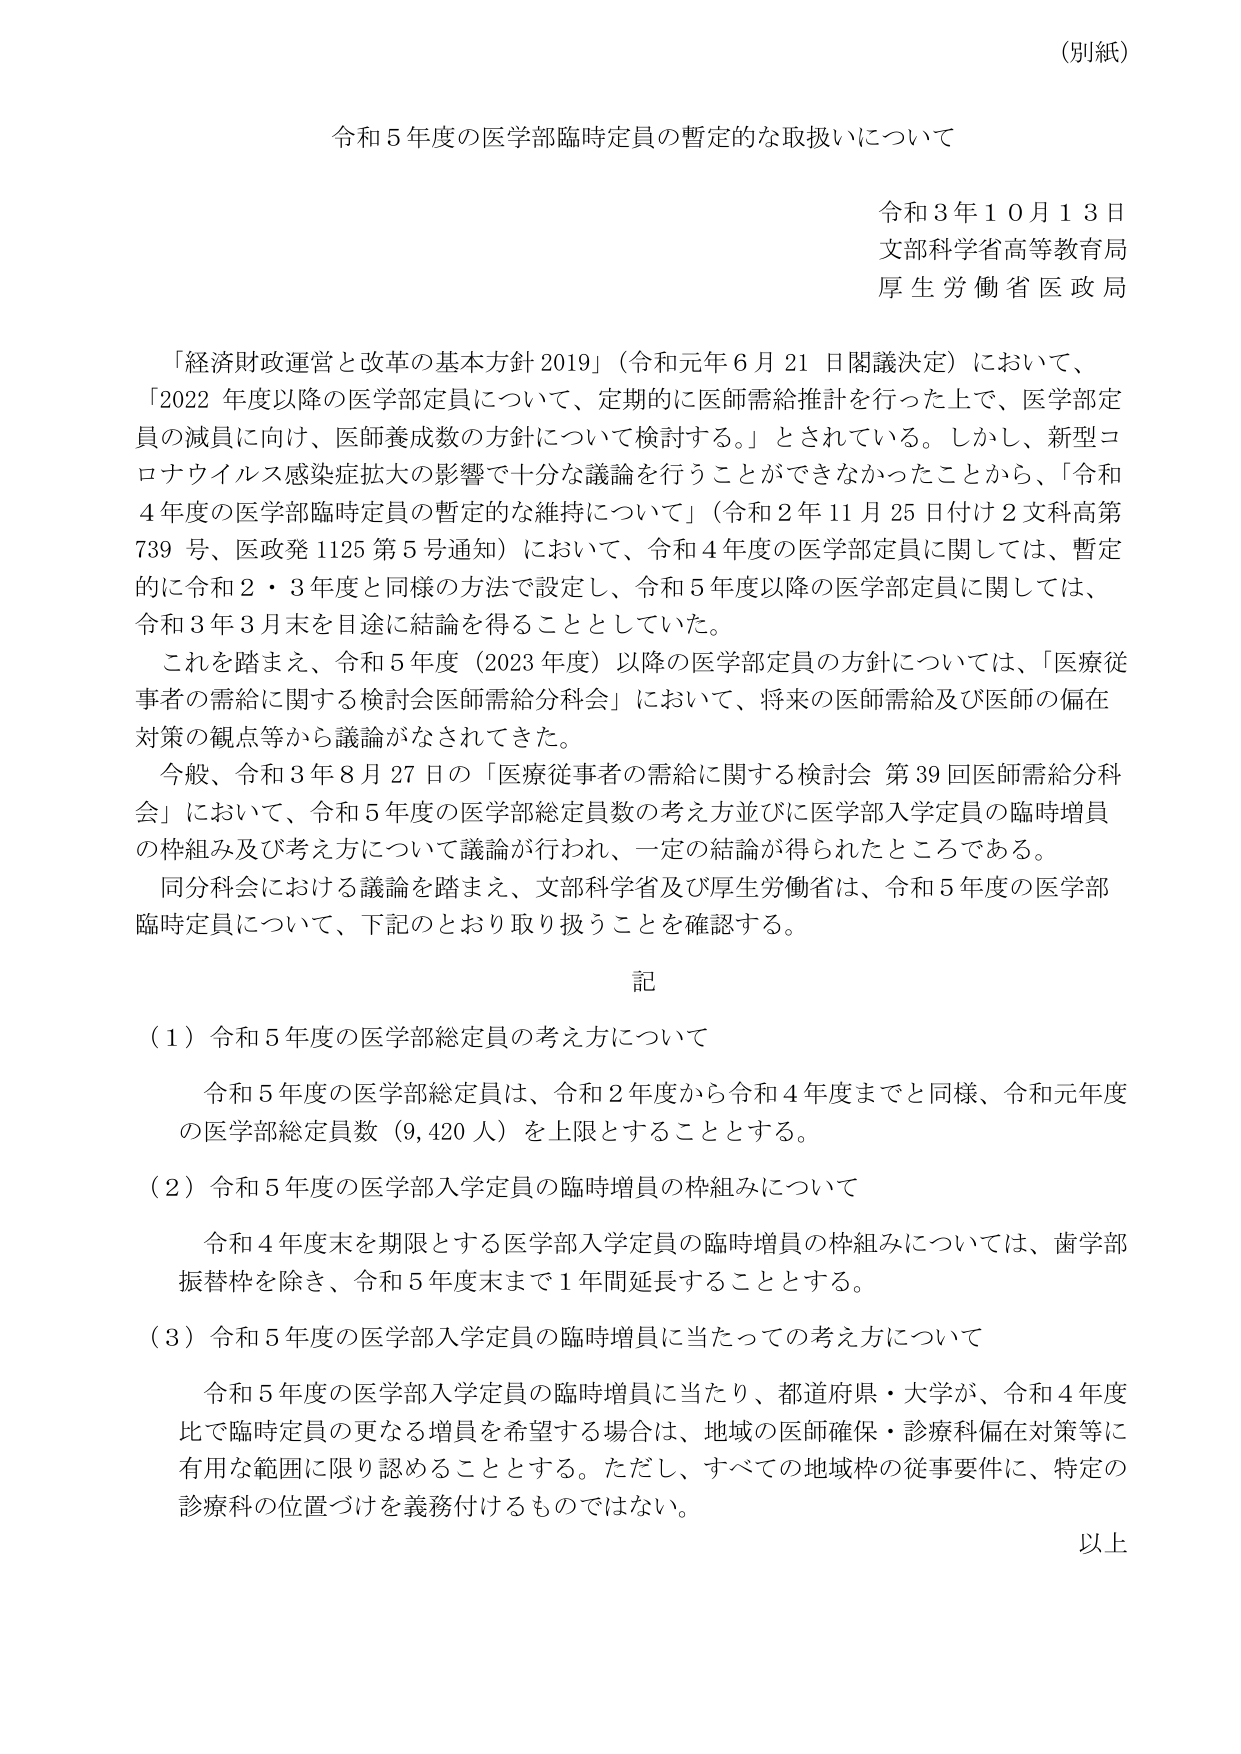
（別紙）

令和５年度の医学部臨時定員の暫定的な取扱いについて

令和３年１０月１３日
文部科学省高等教育局
厚生労働省医政局

「経済財政運営と改革の基本方針 2019」（令和元年６月21日閣議決定）において、
「2022年度以降の医学部定員について、定期的に医師需給推計を行った上で、医学部定員の減員に向け、医師養成数の方針について検討する。」とされている。しかし、新型コロナウイルス感染症拡大の影響で十分な議論を行うことができなかったことから、「令和4年度の医学部臨時定員の暫定的な維持について」（令和2年11月25日付け2文科高第739号、医政発1125第5号通知）において、令和4年度の医学部定員に関しては、暫定的に令和2・3年度と同様の方法で設定し、令和5年度以降の医学部定員に関しては、令和3年3月末を目途に結論を得ることとしていた。

これを踏まえ、令和5年度（2023年度）以降の医学部定員の方針については、「医療従事者の需給に関する検討会医師需給分科会」において、将来の医師需給及び医師の偏在対策の観点等から議論がなされてきた。

今般、令和3年8月27日の「医療従事者の需給に関する検討会 第39回医師需給分科会」において、令和5年度の医学部総定員数の考え方並びに医学部入学定員の臨時増員の枠組み及び考え方について議論が行われ、一定の結論が得られたところである。

同分科会における議論を踏まえ、文部科学省及び厚生労働省は、令和5年度の医学部臨時定員について、下記のとおり取り扱うことを確認する。

記

（1）令和5年度の医学部総定員の考え方について

　令和5年度の医学部総定員は、令和2年度から令和4年度までと同様、令和元年度の医学部総定員数（9,420人）を上限とすることとする。

（2）令和5年度の医学部入学定員の臨時増員の枠組みについて

　令和4年度末を期限とする医学部入学定員の臨時増員の枠組みについては、歯学部振替枠を除き、令和5年度末まで1年間延長することとする。

（3）令和5年度の医学部入学定員の臨時増員に当たっての考え方について

　令和5年度の医学部入学定員の臨時増員に当たり、都道府県・大学が、令和4年度比で臨時定員の更なる増員を希望する場合は、地域の医師確保・診療科偏在対策等に有用な範囲に限り認める thingとする。ただし、すべての地域枠の従事要件に、特定の診療科の位置づけを義務付けるものではない。

以上